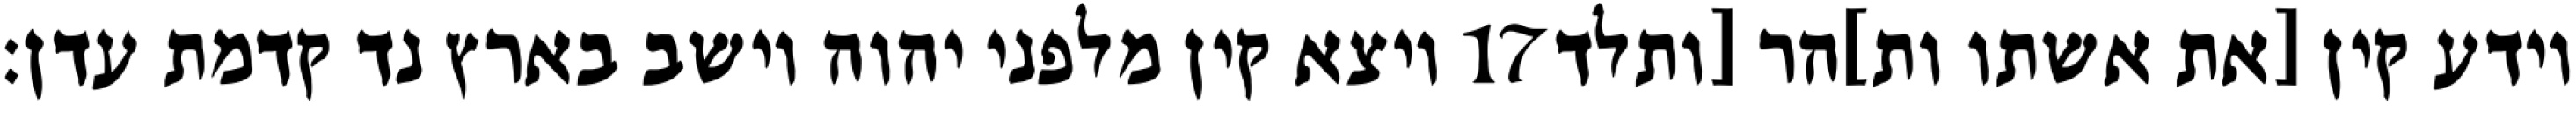
ויצא קין מלפני יהוה וישב בארץ נד קדמת עדן׃ ‎17‏ וידע קין [את אשתו ות]הר [ותלד